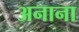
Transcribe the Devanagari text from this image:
अनाना